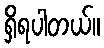
ရှိရပါတယ်။